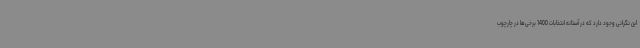
این نگرانی وجود دارد که در آستانه انتخابات 1400 برخی‌ها در چارچوب